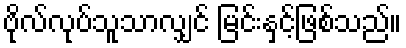
ဗိုလ်လုပ်သူသာလျှင် မြင်းနှင့်ဖြစ်သည်။